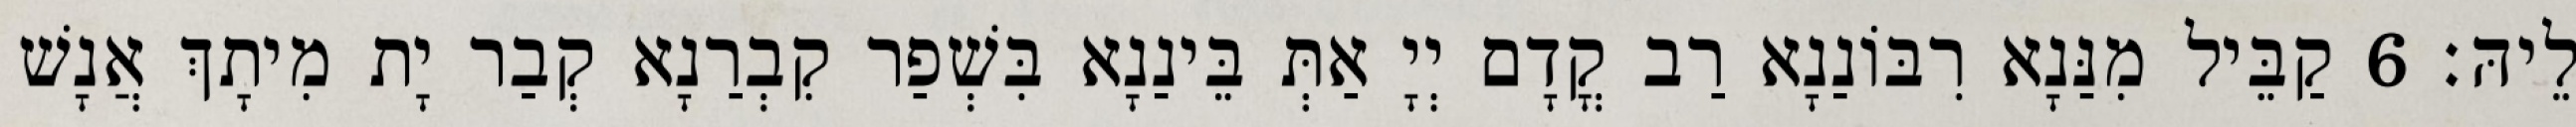
לֵיהּ׃ 6 קַבֵּיל מִנַּנָא רִבּוֹנַנָא רַב קֳדָם יְיָ אַתְּ בֵּינַנָא בִּשְׁפַר קִבְרַנָא קְבַר יָת מִיתָךְ אֲנָשׁ